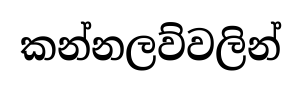
කන්නලව්වලින්